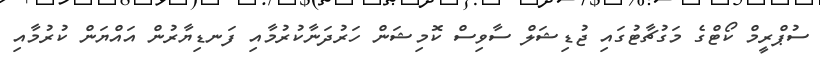
ސުޕްރީމް ކޯޓްގެ މަގުޗާޓުގައި ޖުޑިޝަލް ސާވިސް ކޮމިޝަން ހަރުދަނާކުރުމާއި ފަނޑިޔާރުން އައްޔަން ކުރުމާއި